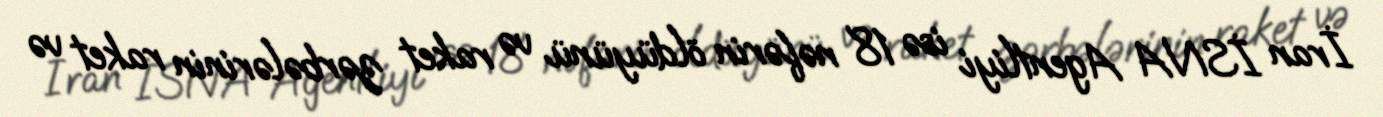
İran İSNA Agentliyi isə 18 nəfərin öldüyünü və raket zərbələrinin raket və